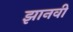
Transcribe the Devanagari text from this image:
झानवी